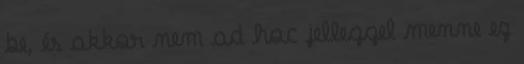
be, és akkor nem ad hoc jelleggel menne ez